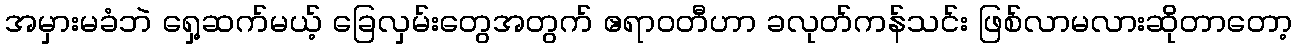
အမှားမခံဘဲ ရှေ့ဆက်မယ့် ခြေလှမ်းတွေအတွက် ဧရာဝတီဟာ ခလုတ်ကန်သင်း ဖြစ်လာမလားဆိုတာတော့